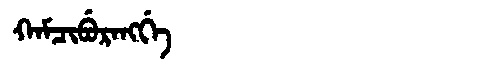
Manchu: ᡴᠠᠮᠴᡳᠪᡠᡵᠠᠩᡤᡝ
Romanization: KAMCIBURANGGE